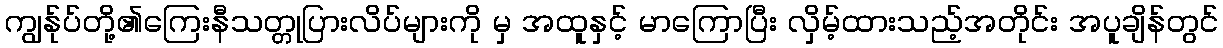
ကျွန်ုပ်တို့၏ကြေးနီသတ္တုပြားလိပ်များကို မှ အထူနှင့် မာကြောပြီး လှိမ့်ထားသည့်အတိုင်း အပူချိန်တွင်